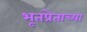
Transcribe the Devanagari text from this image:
भूतप्रेताच्या